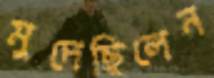
মুদেছিলেন